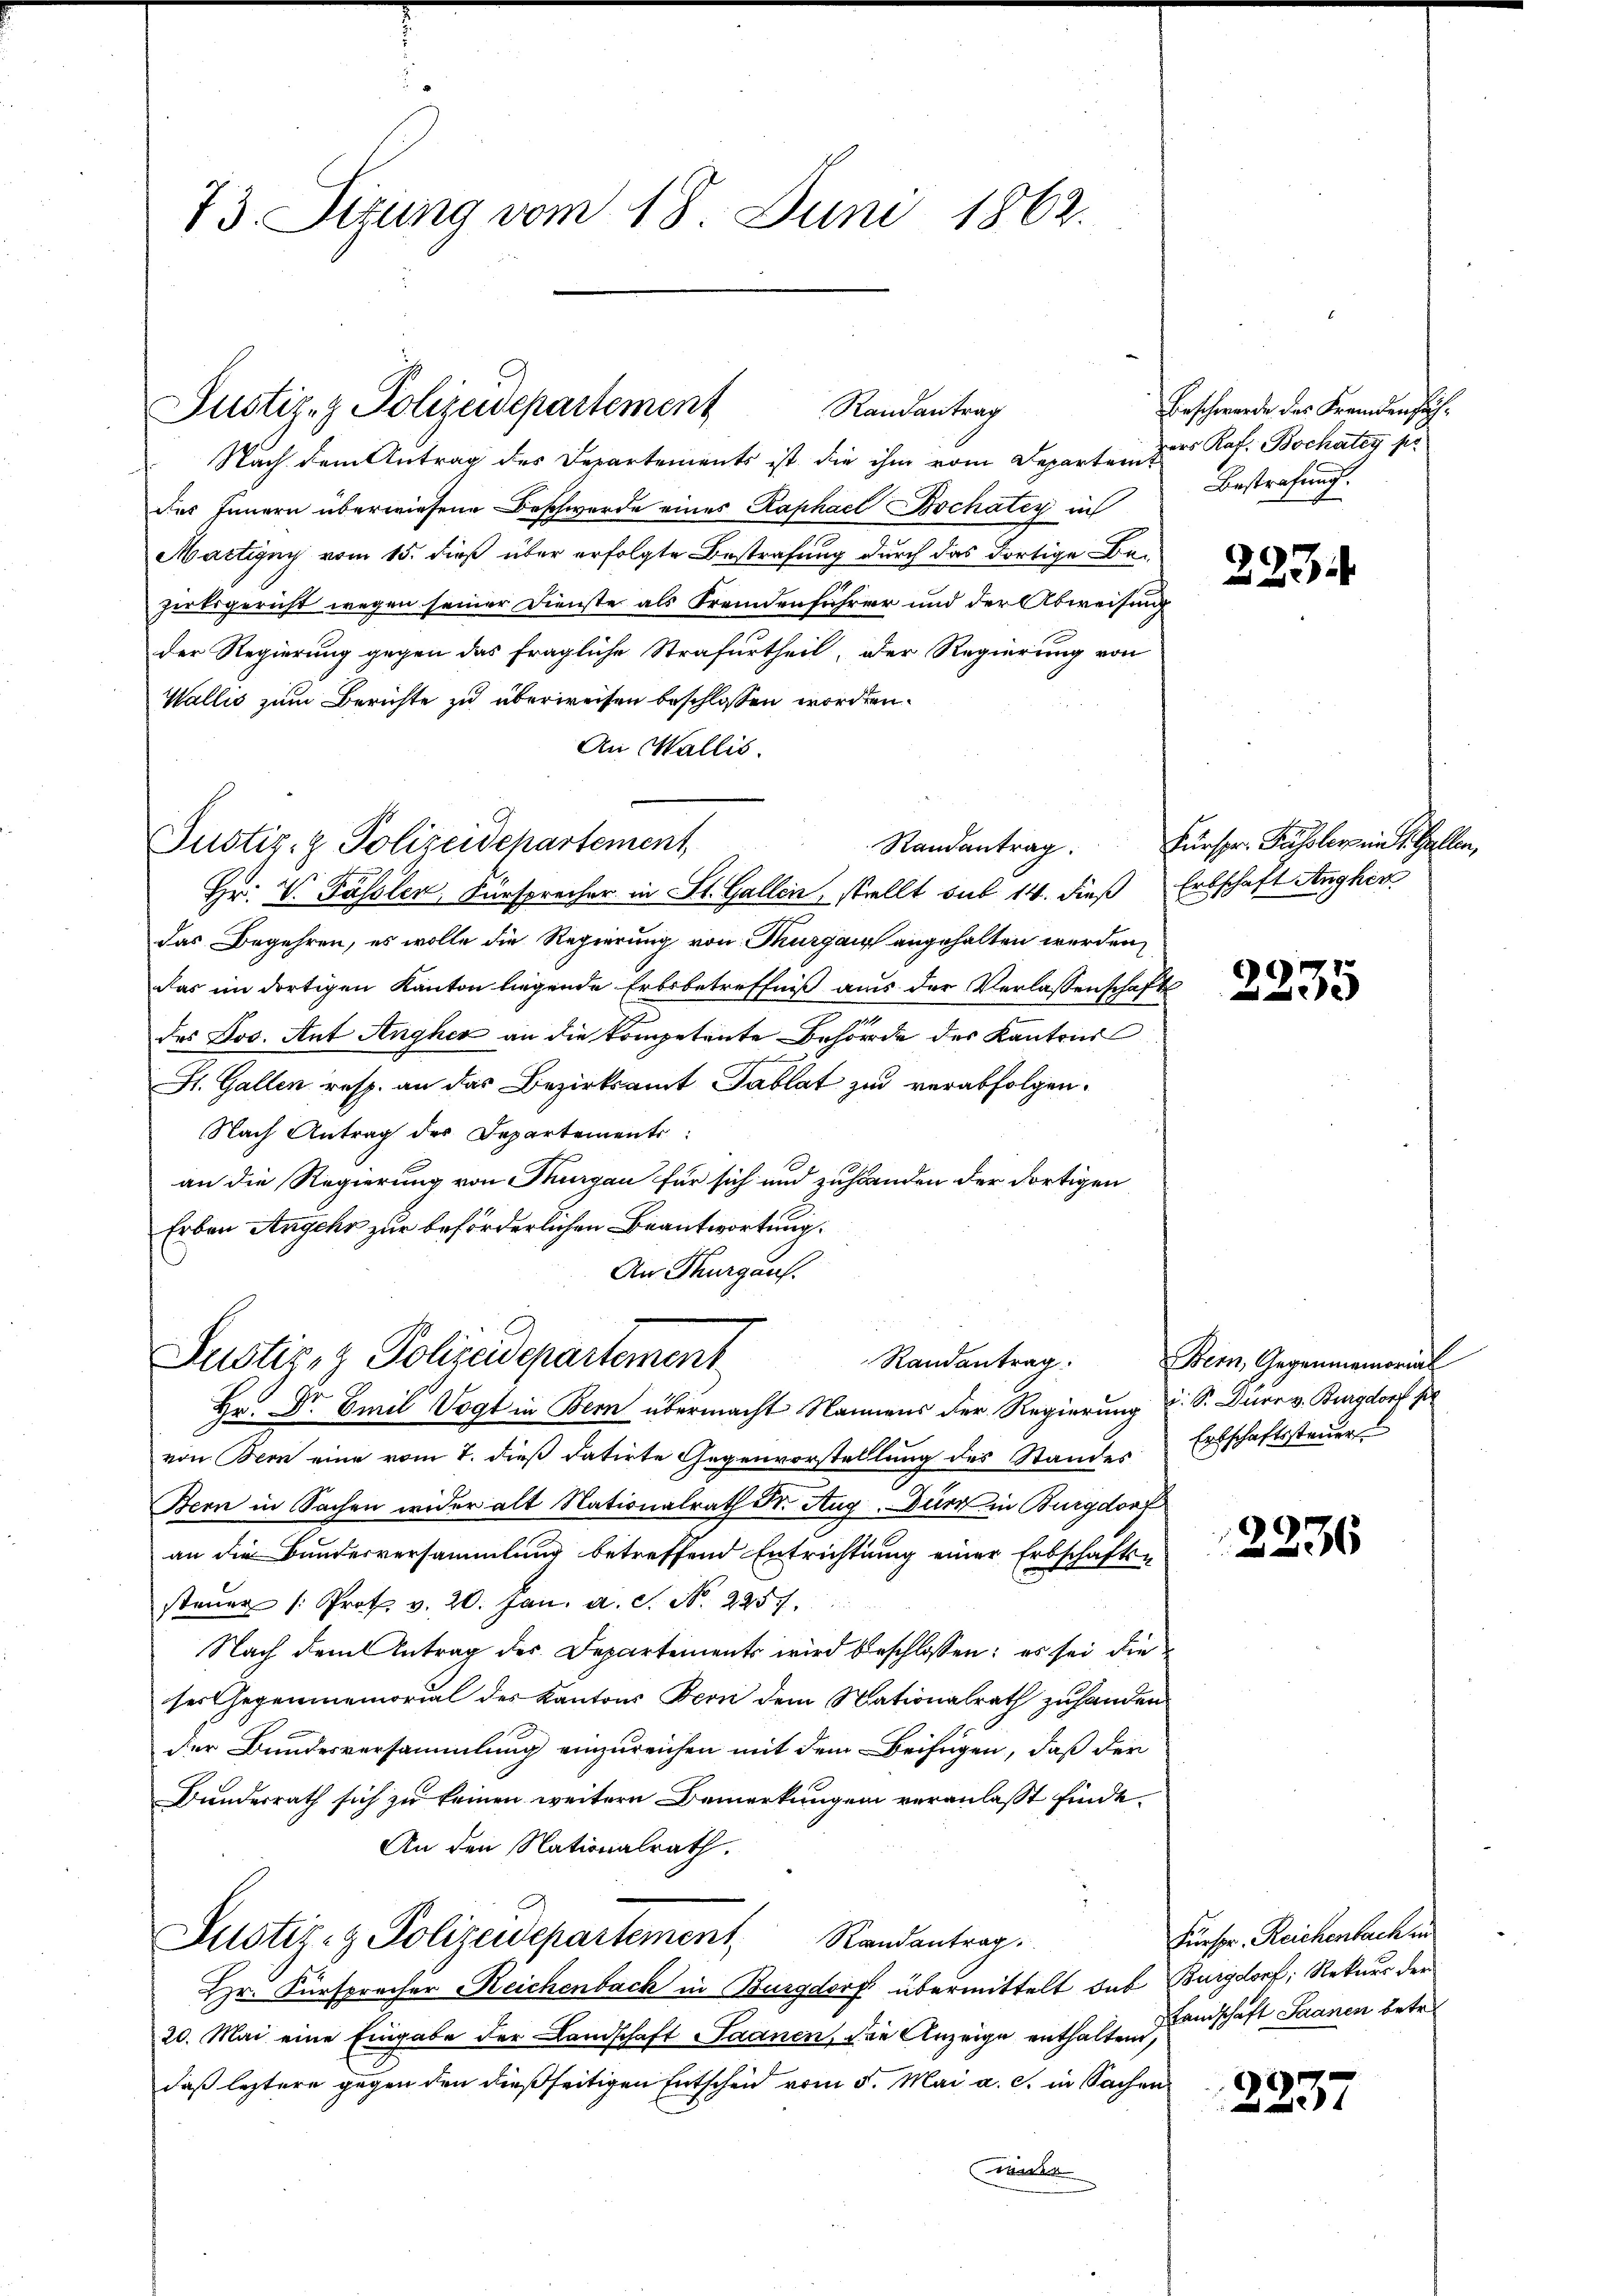
73. Sizung vom 18. Juni 1862.

Justiz- & Polizeidepartement
Randantrag

Nach dem Antrag des Departements ist die ihm vom Departen zur Rof. Bochatey pr
des Innern überwiesene Beschwerde eines Raphael Bochatey in
Martigny vom 15. dieß über erfolgte Bestrafung durch das Fortige Bezirksgericht wegen seiner Dienste als Fremdenführer und der Abweisung
der Regierung gegen das fragliche Strafurtheil, der Regierung von
Wallis zum Berichte zu überweisen beschlossen worden.
An Wallis.
Hr. V. Passler, Fürsprecher in St. Gallen, stellt sub 14. dieß Erbschaft Anghir
das Begehren, es wolle die Regierung von Thurgau angehalten werden,
das im dortigen Kanton liegende Erbsbetreffniß aus der Verlassenschafts
des Jos. Ant Angher an die kompetente Behörde des Kantons
e
St. Gallen resp. an das Bezirksamt Tablat zu verabfolgen.
Nach Antrag des Departements:
an die Regierung von Thurgau für sich und zuhanden der dortigen
Erben Angehr zur beförderlichen Beantwortung.
An Thurgau.

Justiz- & Polizeidepartement
Randantrag:

Justiz- & Polizeidchartement,

Randantrag.

Beschwerde des Fremden sich:
Bestrafung.

Hr. Dr Emil Vogt in Bern übermacht Namens der Regierung u. S. Dürr v. Burgdorf per
von Bern eine vom 7. dieß datirte Gegenvorstellung des Standes
Bern in Sachen wider alt Nationalrath Fr. Aug. Durch in Burgdorf
an die Bundesversammlung betreffend Entrichtung einer Erbschafts-
steŭer /: Prot. v. 20. Jan. a. S. N. 2257.
Nach dem Antrag des Departements wird beschlossen: es sei die
ser Gegenmemorial des Kantons Bern dem Nationalrath zuhanden
der Bundesversammlung einzureichen mit dem Beifügen, daß der
Bundesrath sich zu keinen weitern Bemerkungen veranlasst finde.
An den Nationalrath.
Justiz- & Polizeidepartement, Randantrag.
Hr. Fürsprecher Reichenbach in Burgdorf übermittelt sub Burgdorf, Rekurs der
20. Mai eine Eingabe der Landschaft Saanen, die Anzeige enthaltend,
daß letztere gegen den dießseitigen Entscheid vom 5. Mai a. c. in Sachen
wider

223.

Fürspr. Fassler in St. Gallen,

2235

Bern, Gegenmemorial
Ertschaftssteuer

2236

Fürspr. Reichenbach in
Landschaft Saanen betr.

2237